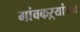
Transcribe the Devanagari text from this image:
गांवकऱ्यांच्या